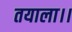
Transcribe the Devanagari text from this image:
तयाला।।